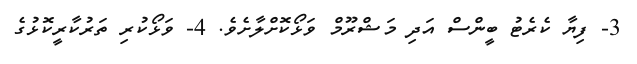
3- ފިޔާ ކެރެޓު ބީންސް އަދި މަޝްރޫމް ވަޅޯކޮށްލާށެވެ. 4- ވަޅޯކުރި ތަރުކާރީކޮޅުގެ